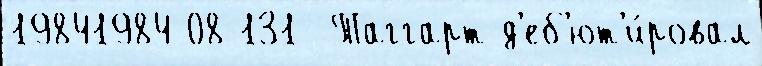
19841984-08-131  Таггарт д'еб'ют'и́ровал